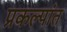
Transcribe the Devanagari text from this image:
प्रकल्पांत